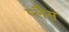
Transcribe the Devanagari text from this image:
प्लैस